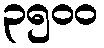
၃၅၀၀